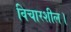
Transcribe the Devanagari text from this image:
विचारशील।